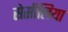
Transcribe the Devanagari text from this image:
सेसीलिया